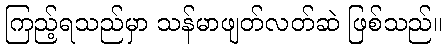
ကြည့်ရသည်မှာ သန်မာဖျတ်လတ်ဆဲ ဖြစ်သည်။